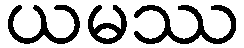
ယမဿ